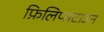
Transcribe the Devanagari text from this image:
फ़िलिप्सटाउन